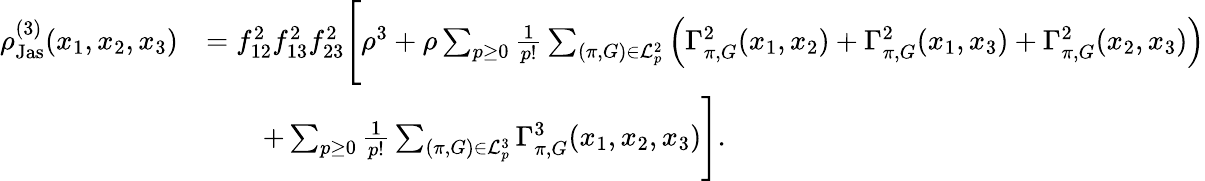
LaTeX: \begin{array}{rl}{\rho_{\textnormal{Jas}}^{(3)}(x_{1},x_{2},x_{3})}&{=f_{12}^{2}f_{13}^{2}f_{23}^{2}\Biggl[\rho^{3}+\rho\sum_{p\geq 0}\frac{1}{p!}\sum_{(\pi,G)\in\mathcal{L}_{p}^{2}}\left(\Gamma_{\pi,G}^{2}(x_{1},x_{2})+\Gamma_{\pi,G}^{2}(x_{1},x_{3})+\Gamma_{\pi,G}^{2}(x_{2},x_{3})\right)}\\ &{\qquad+\sum_{p\geq 0}\frac{1}{p!}\sum_{(\pi,G)\in\mathcal{L}_{p}^{3}}\Gamma_{\pi,G}^{3}(x_{1},x_{2},x_{3})\Biggr].}\end{array}